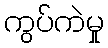
ကွပ်ကဲမှု